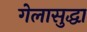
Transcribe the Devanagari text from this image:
गेलासुद्धा